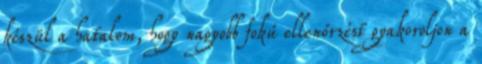
készül a hatalom, hogy nagyobb fokú ellenőrzést gyakoroljon a